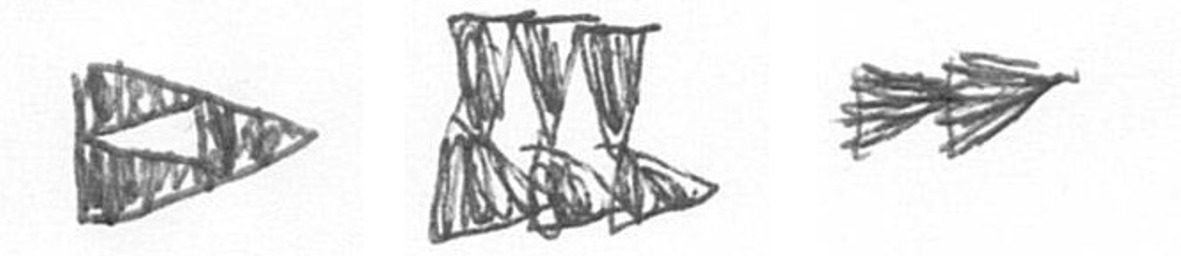
K D A